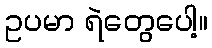
ဥပမာ ရဲတွေပေါ့။